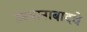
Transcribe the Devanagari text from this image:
उस्मानाबादचे